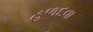
હળદવા